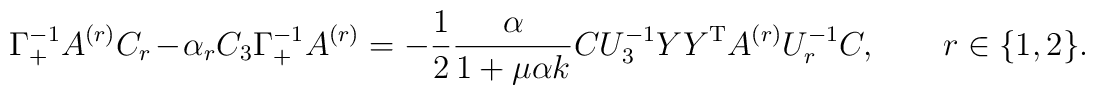
\Gamma_+^{-1} A^{(r)} C_r - \alpha_r C_3 \Gamma_+^{-1} A^{(r)} =- \frac{1}{2} \frac{\alpha}{1 + \mu \alpha k} C U_3^{-1} Y  Y^{\rm T}A^{(r)} U_r^{-1} C, \qquad r \in \{1,2\}.